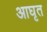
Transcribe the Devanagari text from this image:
आघृत